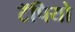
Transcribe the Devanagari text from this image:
टॅपियो